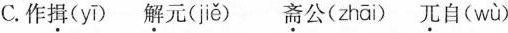
C.作揖(yī) 解元( jiě ) 斋公( zhāi ) 兀自(wù)